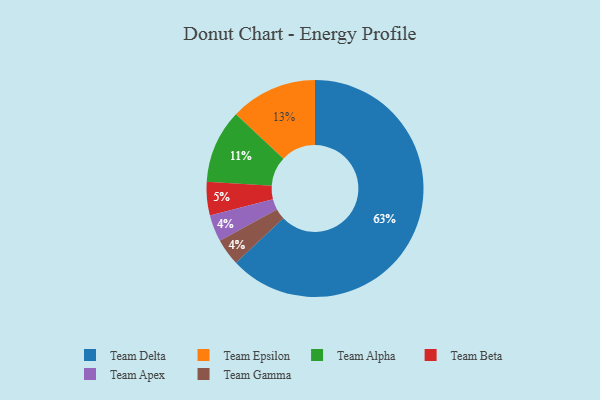
{"axis": {"x": "Category", "y": "Percentage"}, "legend": ["Team Alpha", "Team Apex", "Team Beta", "Team Delta", "Team Epsilon", "Team Gamma"], "data": [{"x": "Team Apex", "y": 4, "type": "Team Apex"}, {"x": "Team Alpha", "y": 11, "type": "Team Alpha"}, {"x": "Team Delta", "y": 63, "type": "Team Delta"}, {"x": "Team Beta", "y": 5, "type": "Team Beta"}, {"x": "Team Epsilon", "y": 13, "type": "Team Epsilon"}, {"x": "Team Gamma", "y": 4, "type": "Team Gamma"}]}